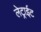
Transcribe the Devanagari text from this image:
लेट्राईट